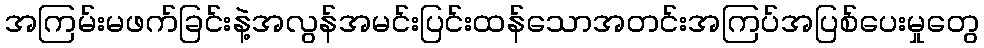
အကြမ်းမဖက်ခြင်းနဲ့အလွန်အမင်းပြင်းထန်သောအတင်းအကြပ်အပြစ်ပေးမှုတွေ